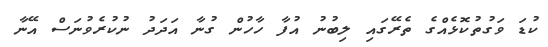
ކުޑަ ވަގުތުކޮޅެއްގެ ތެރޭގައި ލިބުނު އުފާ ހާހުން ގުނާ އަދަދު ނުކުރެވުނަސް އޭނާ